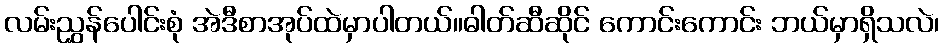
လမ်းညွှန်ပေါင်းစုံ အဲဒီစာအုပ်ထဲမှာပါတယ်။ဓါတ်ဆီဆိုင် ကောင်းကောင်း ဘယ်မှာရှိသလဲ၊